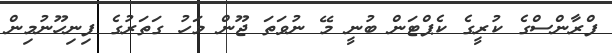
ފްރާންސްގެ ކުރީގެ ކެޕްޓަން ބުނީ މޭ ނުވަތަ ޖޫން މަހު ގަތަރުގެ ފިނިހޫނުމިން